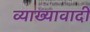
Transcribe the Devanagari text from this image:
व्याख्यावादी